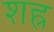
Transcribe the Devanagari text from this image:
शह्र